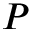
P